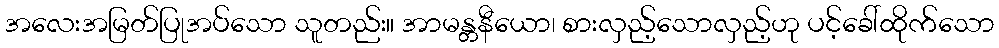
အလေးအမြတ်ပြုအပ်သော သူတည်း။ အာမန္တနီယော၊ စားလှည့်သောလှည့်ဟု ပင့်ခေါ်ထိုက်သော